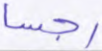
رجسا